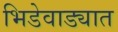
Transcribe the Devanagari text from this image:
भिडेवाड्यात